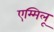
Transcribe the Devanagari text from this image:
एम्मिलू